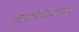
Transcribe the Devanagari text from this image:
असोशिएशनचे